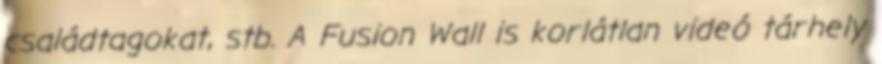
családtagokat, stb. A Fusion Wall is korlátlan videó tárhely